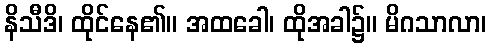
နိသီဒိ၊ ထိုင်နေ၏။ အထခေါ၊ ထိုအခါ၌။ မိဂသာလာ၊